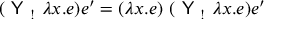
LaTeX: ( { \textsf { Y } } _ { ! } \ \lambda x . e ) e ^ { \prime } = ( \lambda x . e ) \ ( { \textsf { Y } } _ { ! } \ \lambda x . e ) e ^ { \prime }